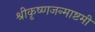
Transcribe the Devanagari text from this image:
श्रीकृष्णजन्माष्टमी